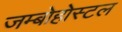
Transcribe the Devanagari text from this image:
जम्बोहोस्टल